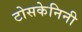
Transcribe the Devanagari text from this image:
टोसकेनिनी